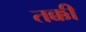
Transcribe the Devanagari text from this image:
तक्की